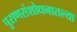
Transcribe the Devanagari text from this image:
पुराणसंशोधनातल्या